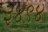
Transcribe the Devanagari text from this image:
३४९४